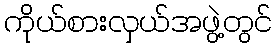
ကိုယ်စားလှယ်အဖွဲ့တွင်